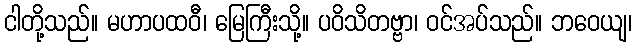
ငါတို့သည်။ မဟာပထဝီ၊ မြေကြီးသို့။ ပဝိသိတဗ္ဗာ၊ ဝင်အပ်သည်။ ဘဝေယျ၊